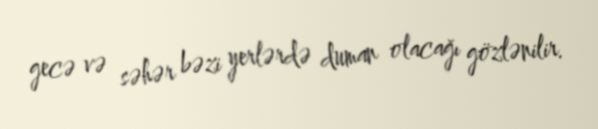
gecə və səhər bəzi yerlərdə duman olacağı gözlənilir.